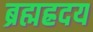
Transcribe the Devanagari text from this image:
ब्रह्मह्रदय